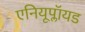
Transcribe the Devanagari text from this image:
एनियूप्लॉयड